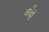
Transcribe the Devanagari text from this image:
वीठू